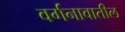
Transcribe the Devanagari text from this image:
वर्गनावातील